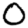
Digit: 0